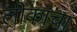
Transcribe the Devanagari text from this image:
लीकांचा